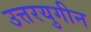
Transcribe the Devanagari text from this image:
उत्तरयुगीन